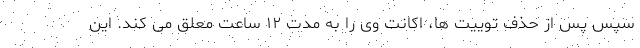
سپس پس از حذف توییت ها، اکانت وی را به مدت ۱۲ ساعت معلق می کند. این